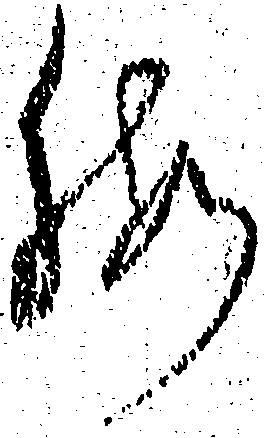
暇